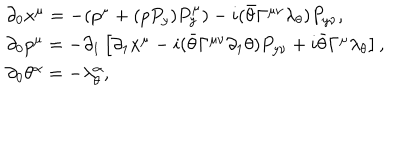
LaTeX: \begin{array} { l } { { \qquad \partial _ { 0 } x ^ { \mu } = - ( p ^ { \mu } + ( p P _ { y } ) P _ { y } ^ { \mu } ) - i ( \bar { \theta } \Gamma ^ { \mu \nu } \lambda _ { \theta } ) P _ { y \nu } , } } \\ { { \qquad \partial _ { 0 } p ^ { \mu } = - \partial _ { 1 } \left[ \partial _ { 1 } x ^ { \mu } - i ( \bar { \theta } \Gamma ^ { \mu \nu } \partial _ { 1 } \theta ) P _ { y \nu } + i \bar { \theta } \Gamma ^ { \mu } \lambda _ { \theta } \right] , } } \\ { { \qquad \partial _ { 0 } \theta ^ { \alpha } = - \lambda _ { \theta } ^ { \alpha } , } } \\ \end{array}